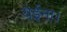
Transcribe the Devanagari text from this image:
येईना।